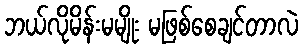
ဘယ်လိုမိန်းမမျိုး မဖြစ်စေချင်တာလဲ